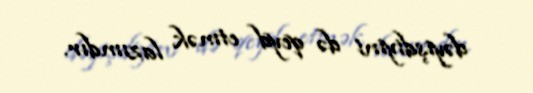
dəyişdiyini də qeyd etmək lazımdır.